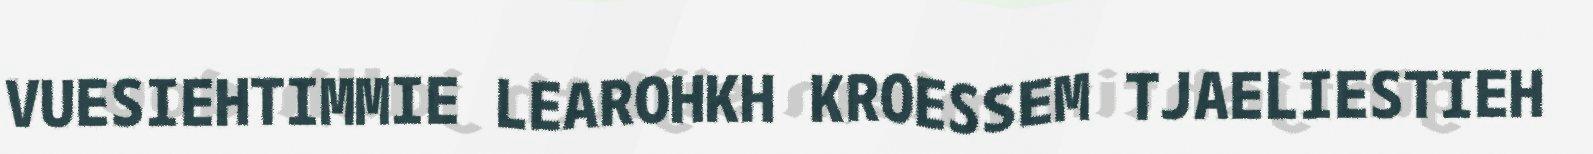
VUESIEHTIMMIE LEAROHKH KROESSEM TJAELIESTIEH